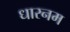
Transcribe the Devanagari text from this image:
धारनम